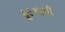
દૂરગામી